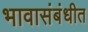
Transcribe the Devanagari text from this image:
भावासंबंधीत